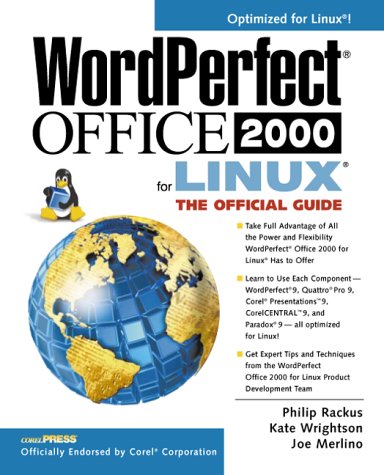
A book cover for WordPerfect Office 2000 for Linux: The Official Guide; Philip Rackus; Computers & Technology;